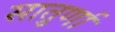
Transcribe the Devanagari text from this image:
सातुर्णा